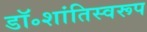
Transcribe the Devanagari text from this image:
डॉ॰शांतिस्वरूप